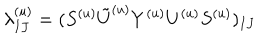
\lambda _ { I J } ^ { ( u ) } = ( S ^ { ( u ) } { \tilde { U } ^ { ( u ) } } Y ^ { ( u ) } U ^ { ( u ) } S ^ { ( u ) } ) _ { I J }